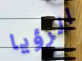
الرؤيا